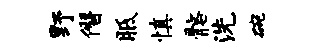
野僭胝慎髂洗碗